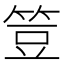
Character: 䇺